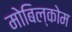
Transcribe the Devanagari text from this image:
मोबिल्कोम